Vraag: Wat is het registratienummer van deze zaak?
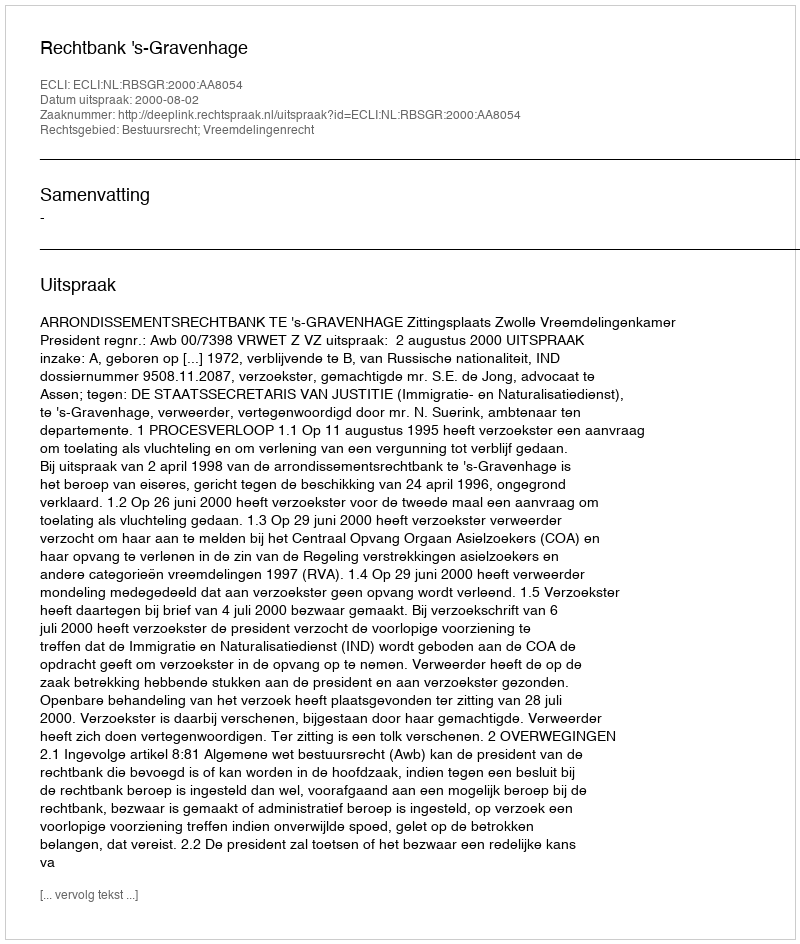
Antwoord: http://deeplink.rechtspraak.nl/uitspraak?id=ECLI:NL:RBSGR:2000:AA8054